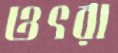
ওৎরা